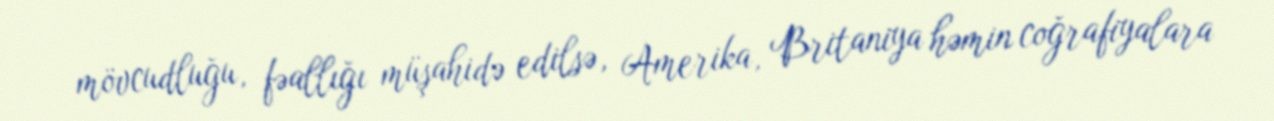
mövcudluğu, fəallığı müşahidə edilsə, Amerika, Britaniya həmin coğrafiyalara